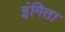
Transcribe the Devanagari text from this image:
इंगिता